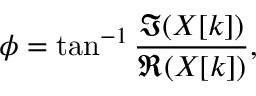
\phi = \tan ^ { - 1 } { \frac { \Im ( X [ k ] ) } { \Re ( X [ k ] ) } } ,